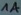
Text: 1A